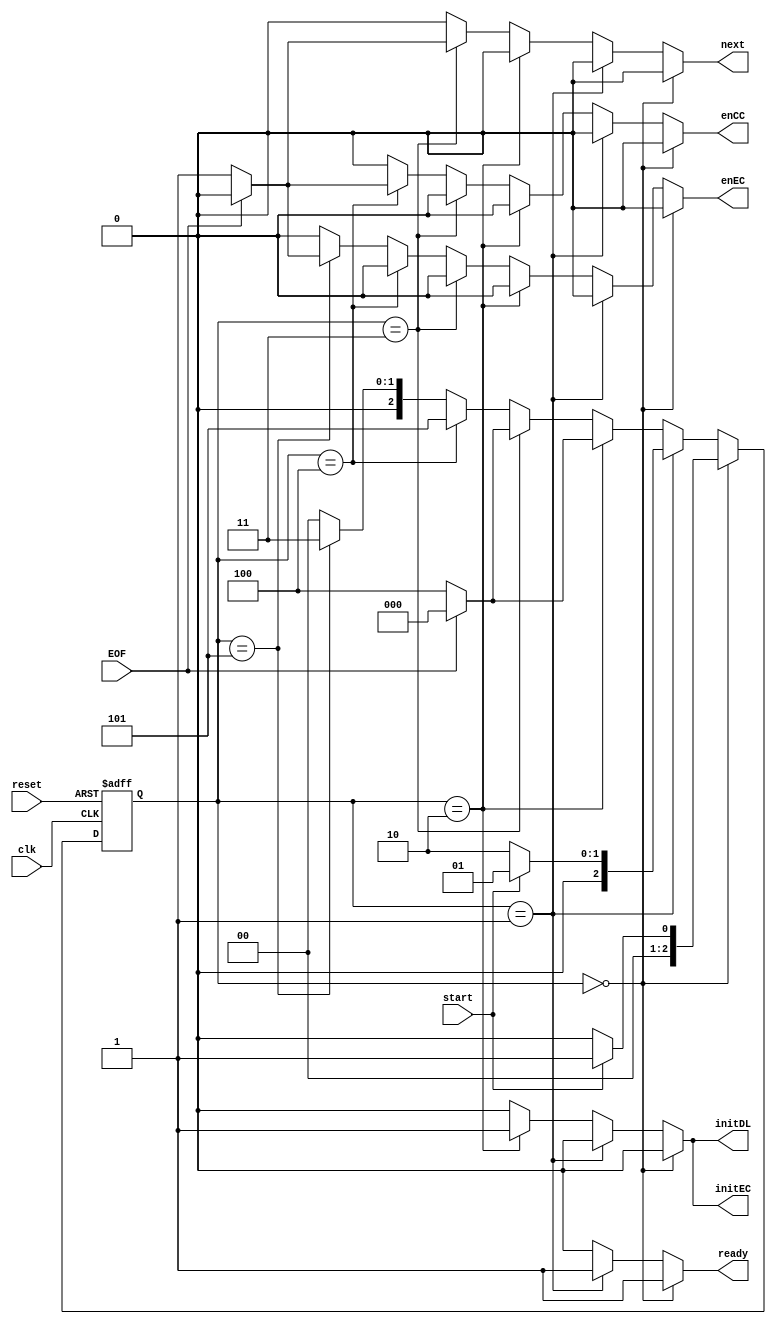
module Controller2(input clk, reset, start, EOF, output reg ready ,initDL, next, initEC , enCC, enEC);
  
  reg[2:0] idle=0, first=1, second=2, third=3, fourth=4, fifth=5;
  
  reg [2:0]ps,ns;
  
  always@(ps, start, EOF) 
    begin
    
      case (ps) 
      
        idle: ns = start ? first : idle;
        first: ns = start ? first : second;
        second: ns = EOF ? idle : fourth;
        third: ns = EOF ? idle : fourth;
        fourth: ns = fifth;
        fifth:  ns = third;
        default: ns = idle;
      
        endcase
    end
    
  always@(ps, start, EOF) 
  
   begin
     
     {initDL, next, initEC , enCC, enEC, ready} = 6'b0;
    
      case (ps) 
  
        idle: ready = 1;
        first: ready = 1;
        second: {initDL , initEC} = 2'b11;
        third: next =  EOF ? 0:1;
        fourth: enCC = EOF ? 0:1;
        fifth: enEC = EOF ? 0:1;
        default: {initDL, next, initEC , enCC, enEC, ready} = 6'b0;
        
        endcase
    end
    
    
    always @(posedge clk, posedge reset) 
      begin
		    if(reset) ps <= idle;
		    else ps <= ns;
	     end
 
endmodule